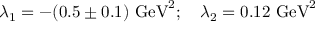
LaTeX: \lambda _ { 1 } = - ( 0 . 5 \pm 0 . 1 ) ~ \mathrm { G e V } ^ { 2 } ; ~ ~ ~ \lambda _ { 2 } = 0 . 1 2 ~ \mathrm { G e V } ^ { 2 }